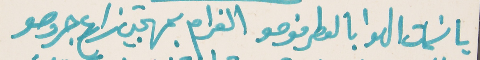
يا نسمات الهوا بالعطر فوحو   الغرام بمهجتي زارع جروحو